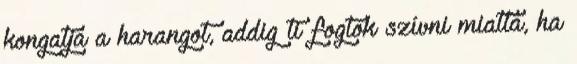
kongatja a harangot, addig ti fogtok szívni miatta, ha